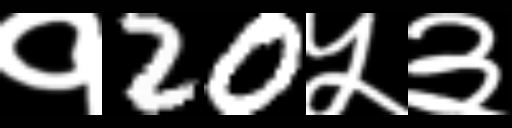
Text: १20५३